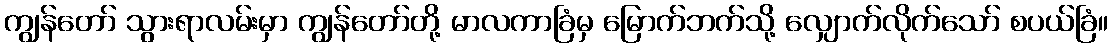
ကျွန်တော် သွားရာလမ်းမှာ ကျွန်တော်တို့ မာလကာခြံမှ မြောက်ဘက်သို့ လျှောက်လိုက်သော် စပယ်ခြံ။